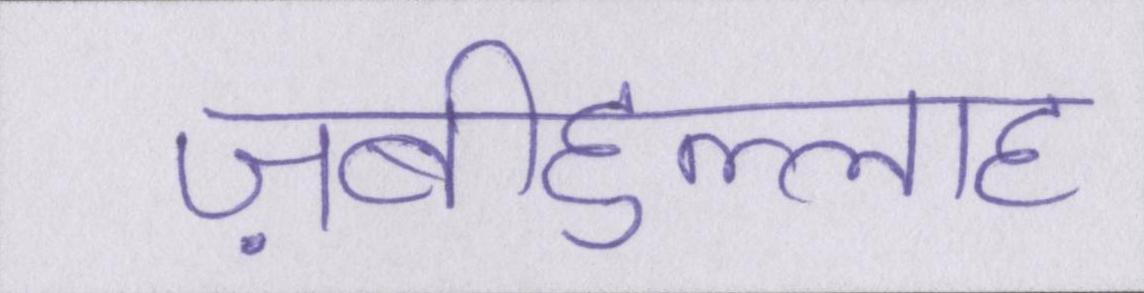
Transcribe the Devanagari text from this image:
ज़बीहुल्लाह